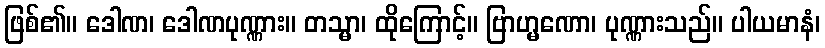
ဖြစ်၏။ ဒေါဏ၊ ဒေါဏပုဏ္ဏား။ တသ္မာ၊ ထိုကြောင့်။ ဗြာဟ္မဏော၊ ပုဏ္ဏားသည်။ ပါယမာနံ၊